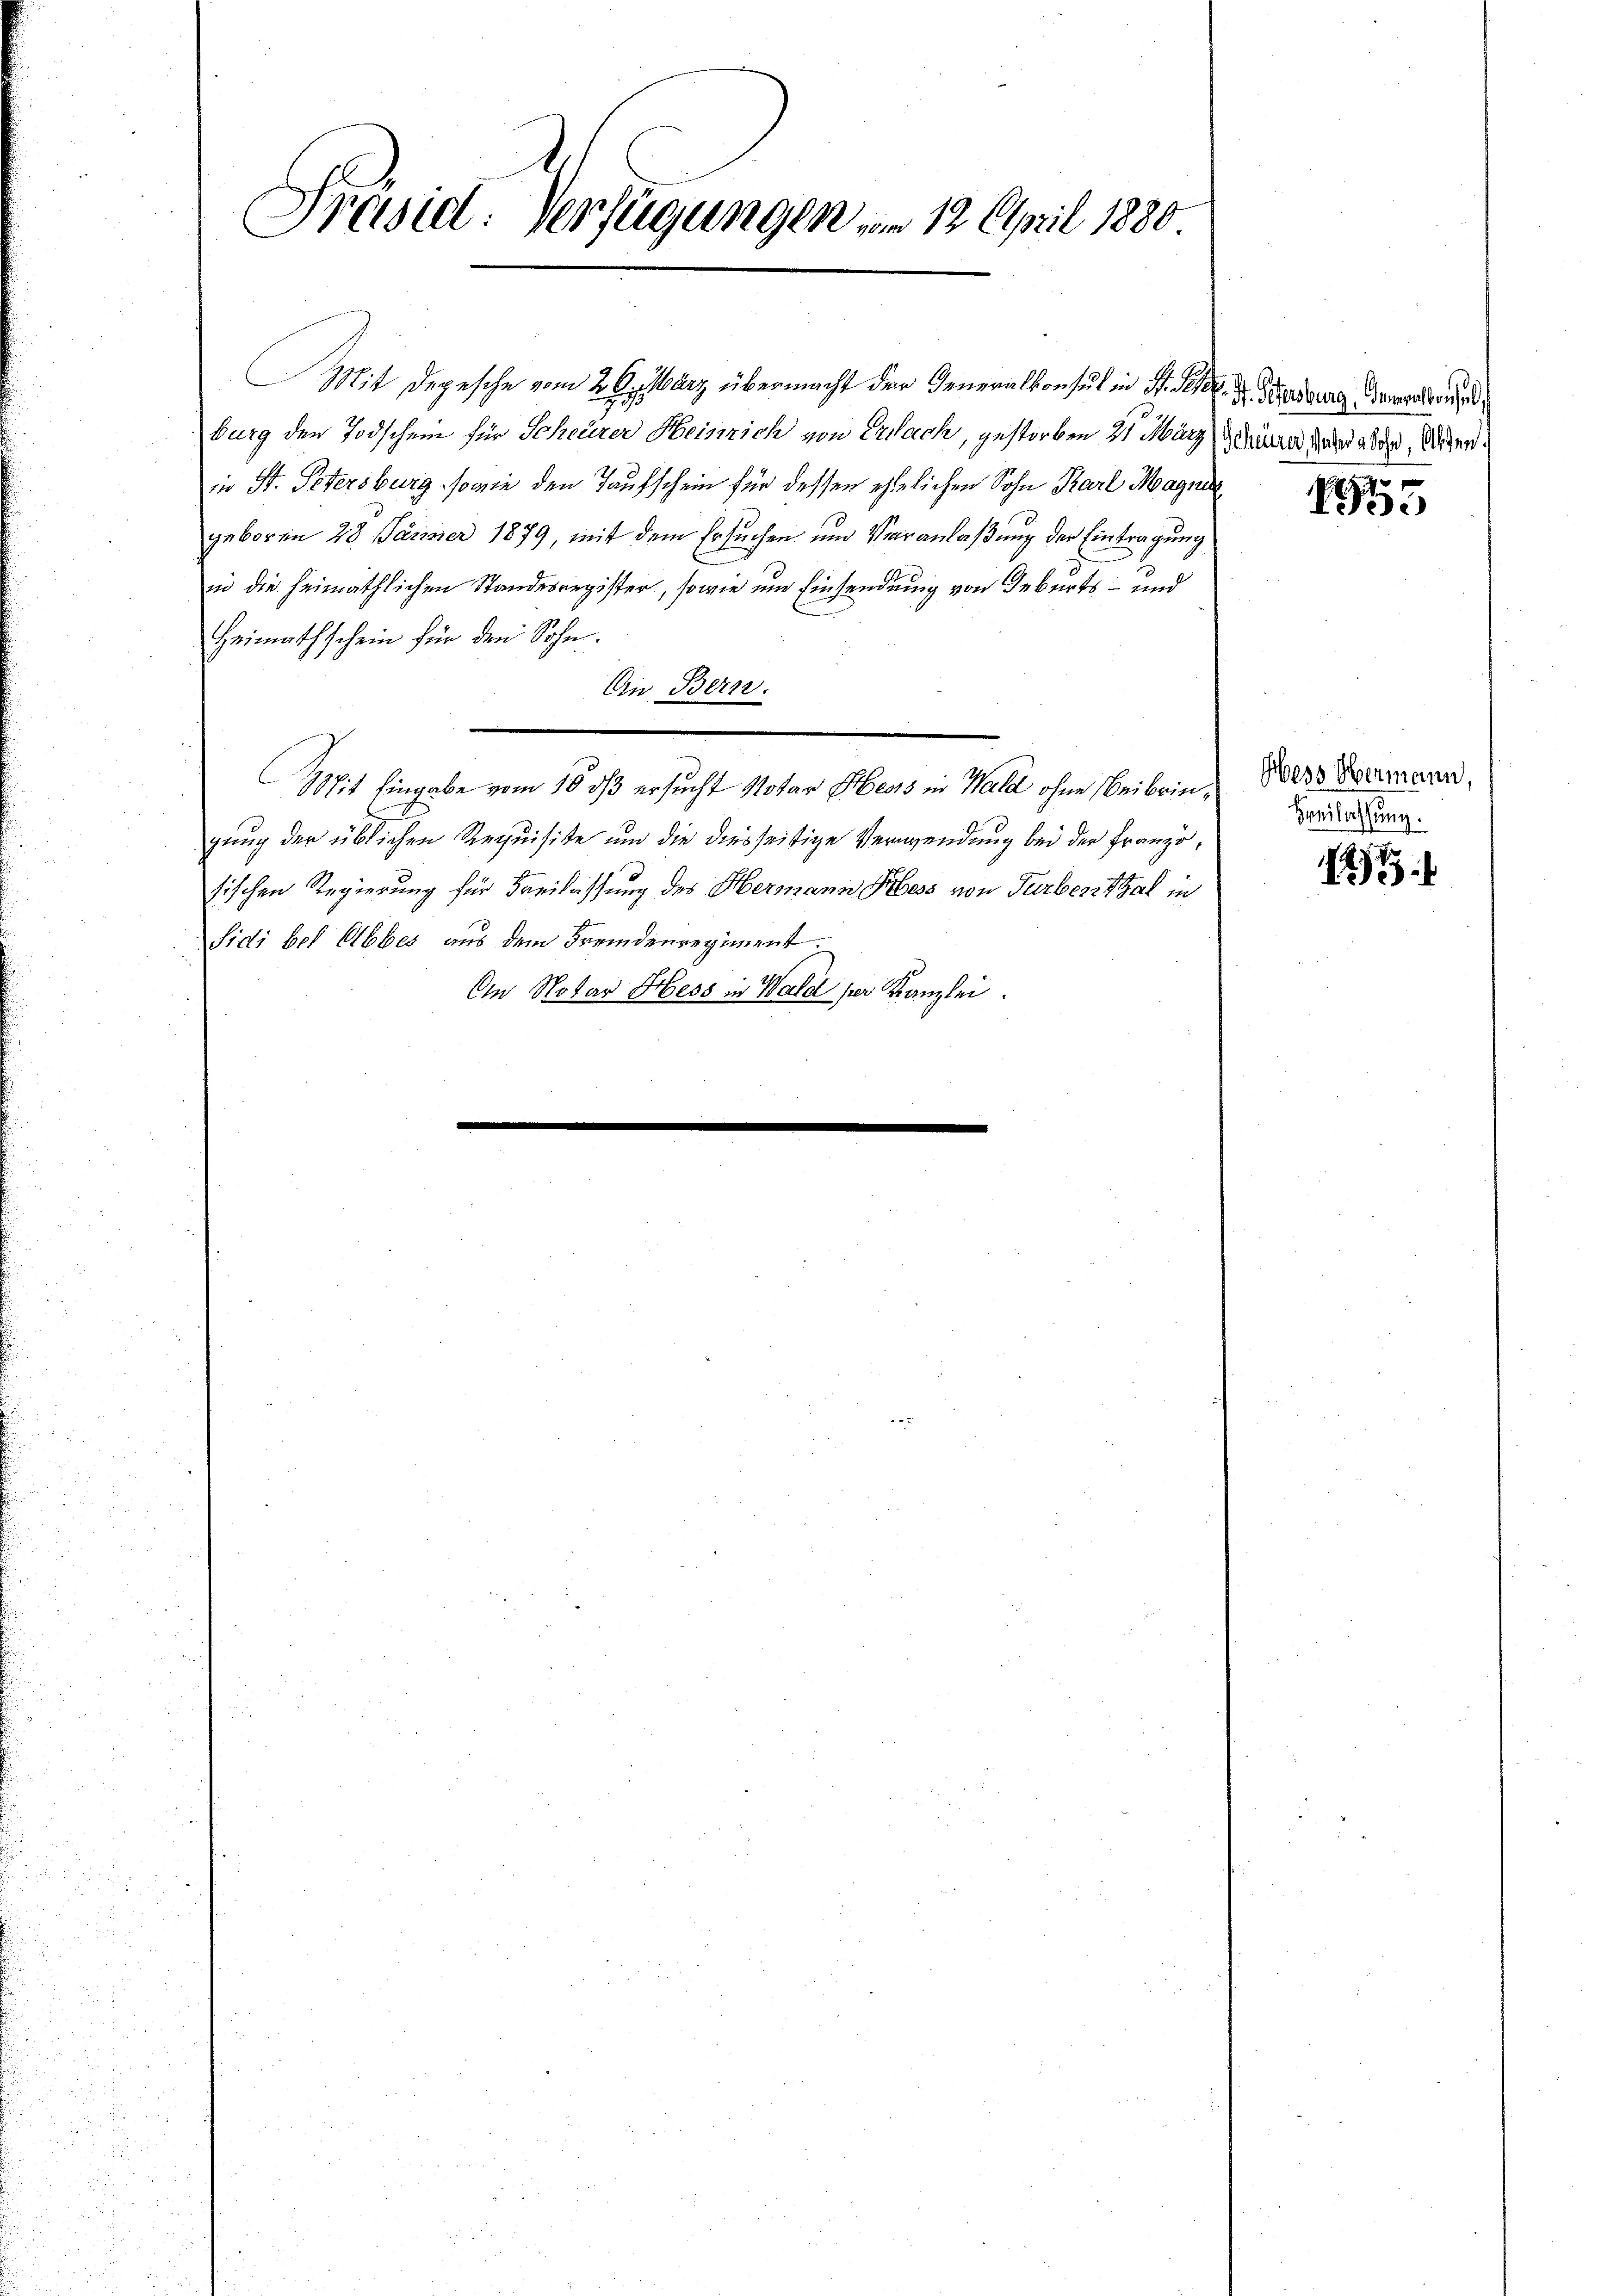
Präsid. Verfügungen vom 12. April 1880

Mit Depesche vom 2. Octbärz übermacht der Generalkonsul in St. Peter. Dr. Wendung derart und
burg der Todschein für Scheurer Heinrich von Erlach, gestorben 21 März (Schne daher aber, Seiden.
in St. Petersburg sowie den Taufschein für dessen ehelichen Sohn Karl Magni
geboren 28 Järmer 1879, mit dem Ersuchen und Veranlaßung der Eintragung
in die heimathlichen Standesregister, sowie um Einsendung von Geburts- und
Heimathschein für den Sohn.
Ein Bern.
Mit Eingabe vom 10. ds ersucht Notar Hess in Wald ohne Beibringung der üblichen Requisite und die diesseitige Verwendung bei der Französischen Regierung für Freilassung des Hermann Pess von Turbenthal in
Sidi bei Ebbes aus dem Fremdenregiment.
An Notar Hess in Wald per Kanzlei.

Pe

Obers Hermann,
Beilassung.

145